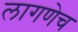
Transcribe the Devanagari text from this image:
लागणेच